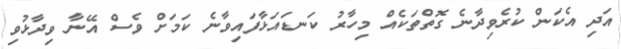
އަދި އެކަން ކުރެވިދާނެ ގޮތްތަކެއް މިހާރު ކަނޑައަޅާފައިވާނެ ކަމަށް ވެސް އޭނާ ވިދާޅުވި